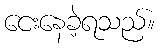
ငေးနေခဲ့ရသည်။